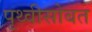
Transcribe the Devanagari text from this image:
पृथ्वीसोबत